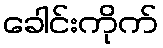
ခေါင်းကိုက်